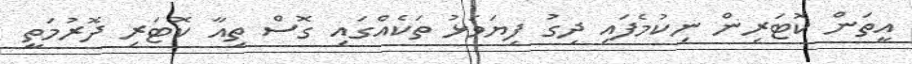
އީތަން ކޮޓަރިން ނިކުމެފައި ދިގު ފިޔަވަޅު ތަކެއްގައި ގޮސް ތިއާ ކޮޓަރި ދޮރުމަތީ